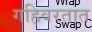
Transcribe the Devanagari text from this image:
गहिवरतात